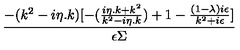
\frac { - ( k ^ { 2 } - i \eta . k ) [ - ( \frac { i \eta . k + k ^ { 2 } } { k ^ { 2 } - i \eta . k } ) + 1 - \frac { ( 1 - \lambda ) i \epsilon } { k ^ { 2 } + i \epsilon } ] } { \epsilon \Sigma }